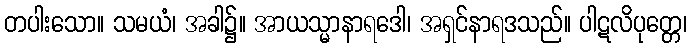
တပါးသော။ သမယံ၊ အခါ၌။ အာယသ္မာနာရဒေါ၊ အရှင်နာရဒသည်။ ပါဋလိပုတ္တေ၊